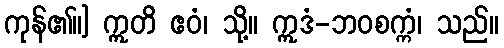
ကုန်၏။] ဣတိ ဧဝံ၊ သို့။ ဣဒံ-ဘဝစက္ကံ၊ သည်။